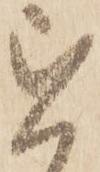
を